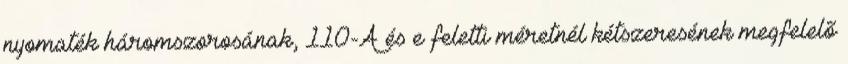
nyomaték háromszorosának, 110-A és e feletti méretnél kétszeresének megfelelõ